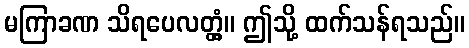
မကြာခဏ သိရပေလတ္တံ့။ ဤသို့ ထက်သန်ရသည်။